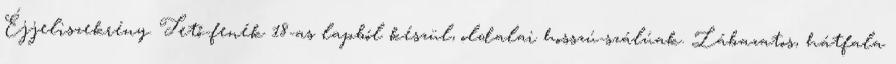
Éjjeliszekrény. Tető-fenék 18-as lapból készül, oldalai hosszú-szálúak. Lábazatos, hátfala